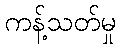
ကန့်သတ်မှု